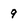
Character: 9